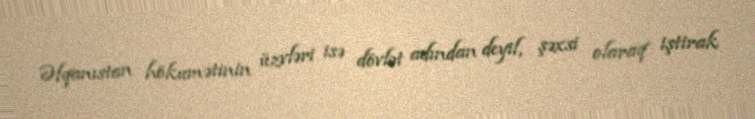
Əfqanıstan hökumətinin üzvləri isə dövlət adından deyil, şəxsi olaraq iştirak